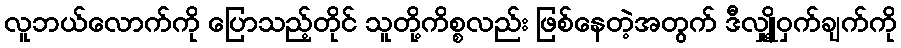
လူဘယ်လောက်ကို ပြောသည့်တိုင် သူတို့ကိစ္စလည်း ဖြစ်နေတဲ့အတွက် ဒီလျှို့ဝှက်ချက်ကို